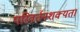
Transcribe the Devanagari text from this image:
परिवर्तनशक्यता